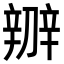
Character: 辧